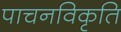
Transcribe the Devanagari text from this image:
पाचनविकृति